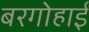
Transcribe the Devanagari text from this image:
बरगोहाईं